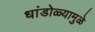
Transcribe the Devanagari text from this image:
धांडोळ्यामुळे